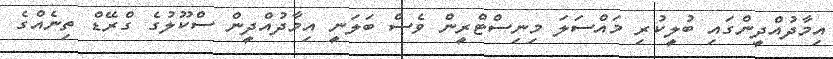
އިމާދުއްދީންގައި ބުލީކުރި މައްސަލަ މިނިސްޓްރީން ވެސް ބަލަނީ އިމާދުއްދީން ސްކޫލުގެ ގްރޭޑް ތިނެއްގެ